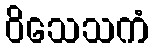
ဝိသေသကံ